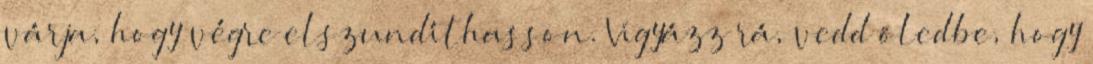
várja, hogy végre elszundíthasson. Vigyázz rá, vedd öledbe, hogy